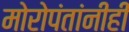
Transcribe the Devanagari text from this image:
मोरोपंतांनीही